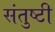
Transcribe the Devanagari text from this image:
संतुष्टी